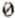
0